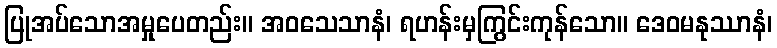
ပြုအပ်သောအမှုပေတည်း။ အဝသေသာနံ၊ ရဟန်းမှကြွင်းကုန်သော။ ဒေဝမနုဿာနံ၊